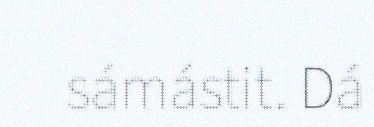
sámástit. Dá